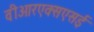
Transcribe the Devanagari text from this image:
वीआरएक्सएसई